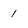
Character: 1